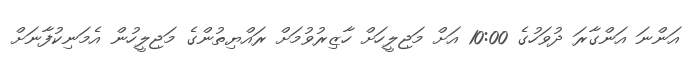
އަންނަ އަންގާރަ ދުވަހުގެ 10:00 އަށް މަޖިލީހަށް ހާޒިރުވުމަށް ރައްޔިތުންގެ މަޖިލީހުން އެމަނިކުފާނަށް